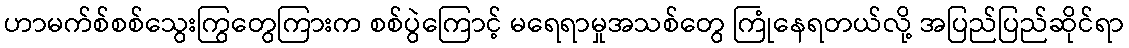
ဟာမက်စ်စစ်သွေးကြွတွေကြားက စစ်ပွဲကြောင့် မရေရာမှုအသစ်တွေ ကြုံနေရတယ်လို့ အပြည်ပြည်ဆိုင်ရာ